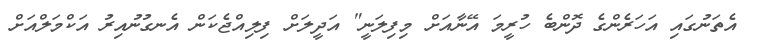
އެތަނުގައި އަހަރެންގެ ދޮންބެ ހުރީމަ އޭނާއަށް މިފިލަނީ" އަދީލަށް ފިލިއްޖެކަން އެނގުނުއިރު އަކްމަލްއަށް